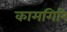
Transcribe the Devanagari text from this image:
कामगिरि